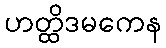
ဟတ္ထိဒမကေန